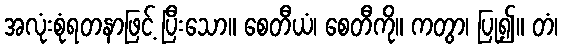
အလုံးစုံရတနာဖြင့် ပြီးသော။ စေတီယံ၊ စေတီကို။ ကတွာ၊ ပြု၍။ တံ၊